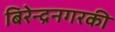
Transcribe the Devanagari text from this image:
बिरेन्द्रनगरकी